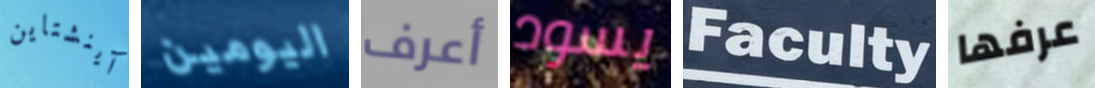
آينشتاين اليومين أعرف يسود Faculty عرفها